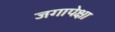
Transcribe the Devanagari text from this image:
जगापेक्षा